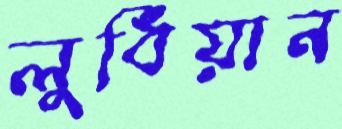
লুধিয়ান